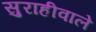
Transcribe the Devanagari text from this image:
सुराहीवाले